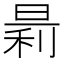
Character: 𪰬